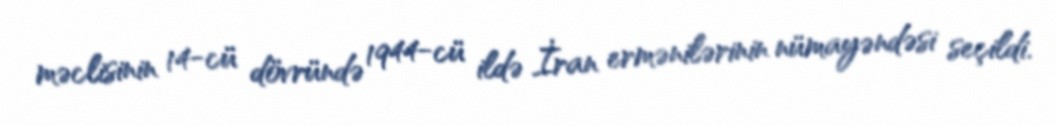
məclisinin 14-cü dövründə 1944-cü ildə İran ermənilərinin nümayəndəsi seçildi.